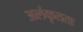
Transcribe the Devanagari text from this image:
अलंकृतता